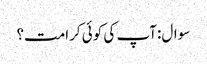
سوال:آپ کی کوئی کرامت؟